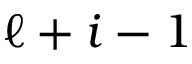
\ell + i - 1